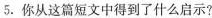
5.你从这篇短文中得到了什么启示?